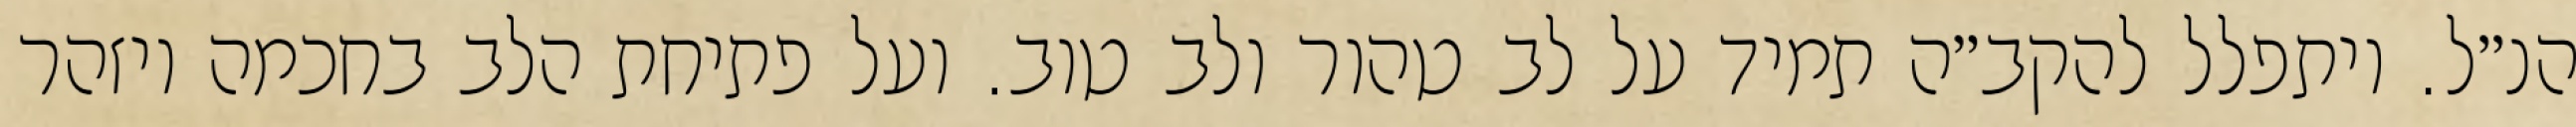
הנ״ל. ויתפלל להקב״ה תמיד על לב טהור ולב טוב. ועל פתיחת הלב בחכמה ויזהר